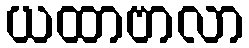
ယထာဗာလာ